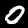
Label: 0